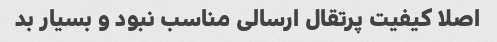
اصلا کیفیت پرتقال ارسالی مناسب نبود و بسیار بد